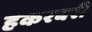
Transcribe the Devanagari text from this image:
हकरबरी